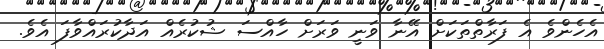
އެހެންވެ އެ ފަރާތްތަކަށް އޭނާ ވަނީ ވަަރަށް ހާއްސަ ޝުކުރެެއް އަދާކުރައްވާފަ އެވެ.